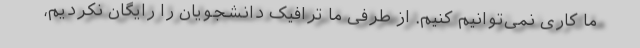
ما کاری نمی‌توانیم کنیم. از طرفی ما ترافیک دانشجویان را رایگان نکردیم،